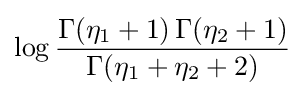
\log {\frac {\Gamma (\eta _{1}+1)\,\Gamma (\eta _{2}+1)}{\Gamma (\eta _{1}+\eta _{2}+2)}}